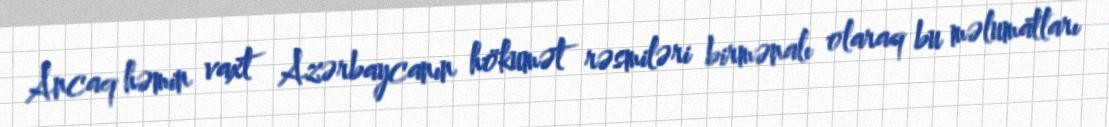
Ancaq həmin vaxt Azərbaycanın hökumət rəsmiləri birmənalı olaraq bu məlumatları